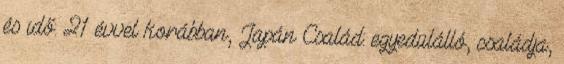
és idő: 21 évvel korábban, Japán Család: egyedülálló, családja,